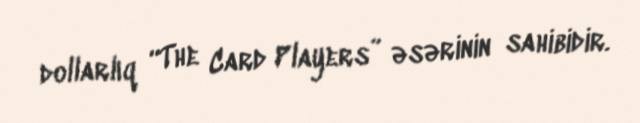
dollarlıq “The Card Players” əsərinin sahibidir.